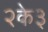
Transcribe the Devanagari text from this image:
२के३